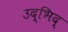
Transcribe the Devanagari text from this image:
उद्भिद्